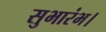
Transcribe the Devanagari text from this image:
सुभारंभ।